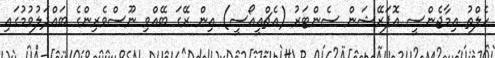
ހެލްތު އިމާޖެންސީ އޮޕަރޭޝަން ސެންޓަރު (އެޗްއީއޯސީ) އިން ރޭގަ ބޭއްވި ނޫސްވެރިންގެ ބައްދަލުވުމުގައި